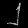
Digit: ၂